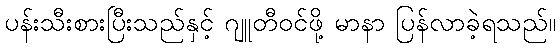
ပန်းသီးစားပြီးသည်နှင့် ဂျူတီဝင်ဖို့ မာနာ ပြန်လာခဲ့ရသည်။